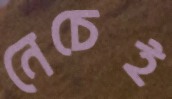
নেচেই